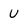
Character: v